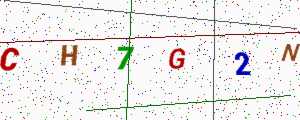
Text: CH7G2N